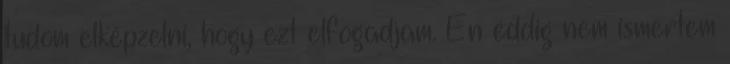
tudom elképzelni, hogy ezt elfogadjam. Én eddig nem ismertem